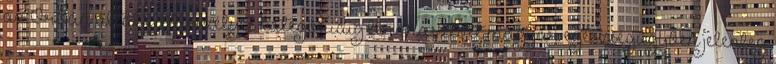
az Orbán által életveszélyes kategóriáig lerohasztott magyar egészségügyben jelenleg